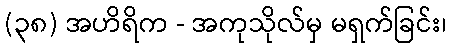
(၃၈) အဟိရိက - အကုသိုလ်မှ မရှက်ခြင်း၊